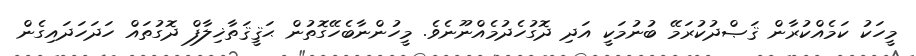
މީހަކު ކަމެއްކުރާން ޤަޞްދުކުރަމޭ ބުނުމަކީ އަދި ދޮގުހެދުމެއްނޫނެވެ. މީހުންނާބެހޭގޮތުން ޙަޤީޤަތާޚިލާފް ދޮގުތައް ހަދަހަދައިގެން